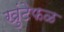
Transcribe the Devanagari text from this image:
खुंटेफळ